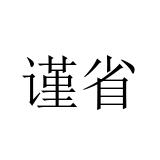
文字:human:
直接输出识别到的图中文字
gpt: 谨省